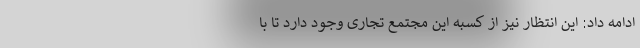
ادامه داد: این انتظار نیز از کسبه این مجتمع تجاری وجود دارد تا با